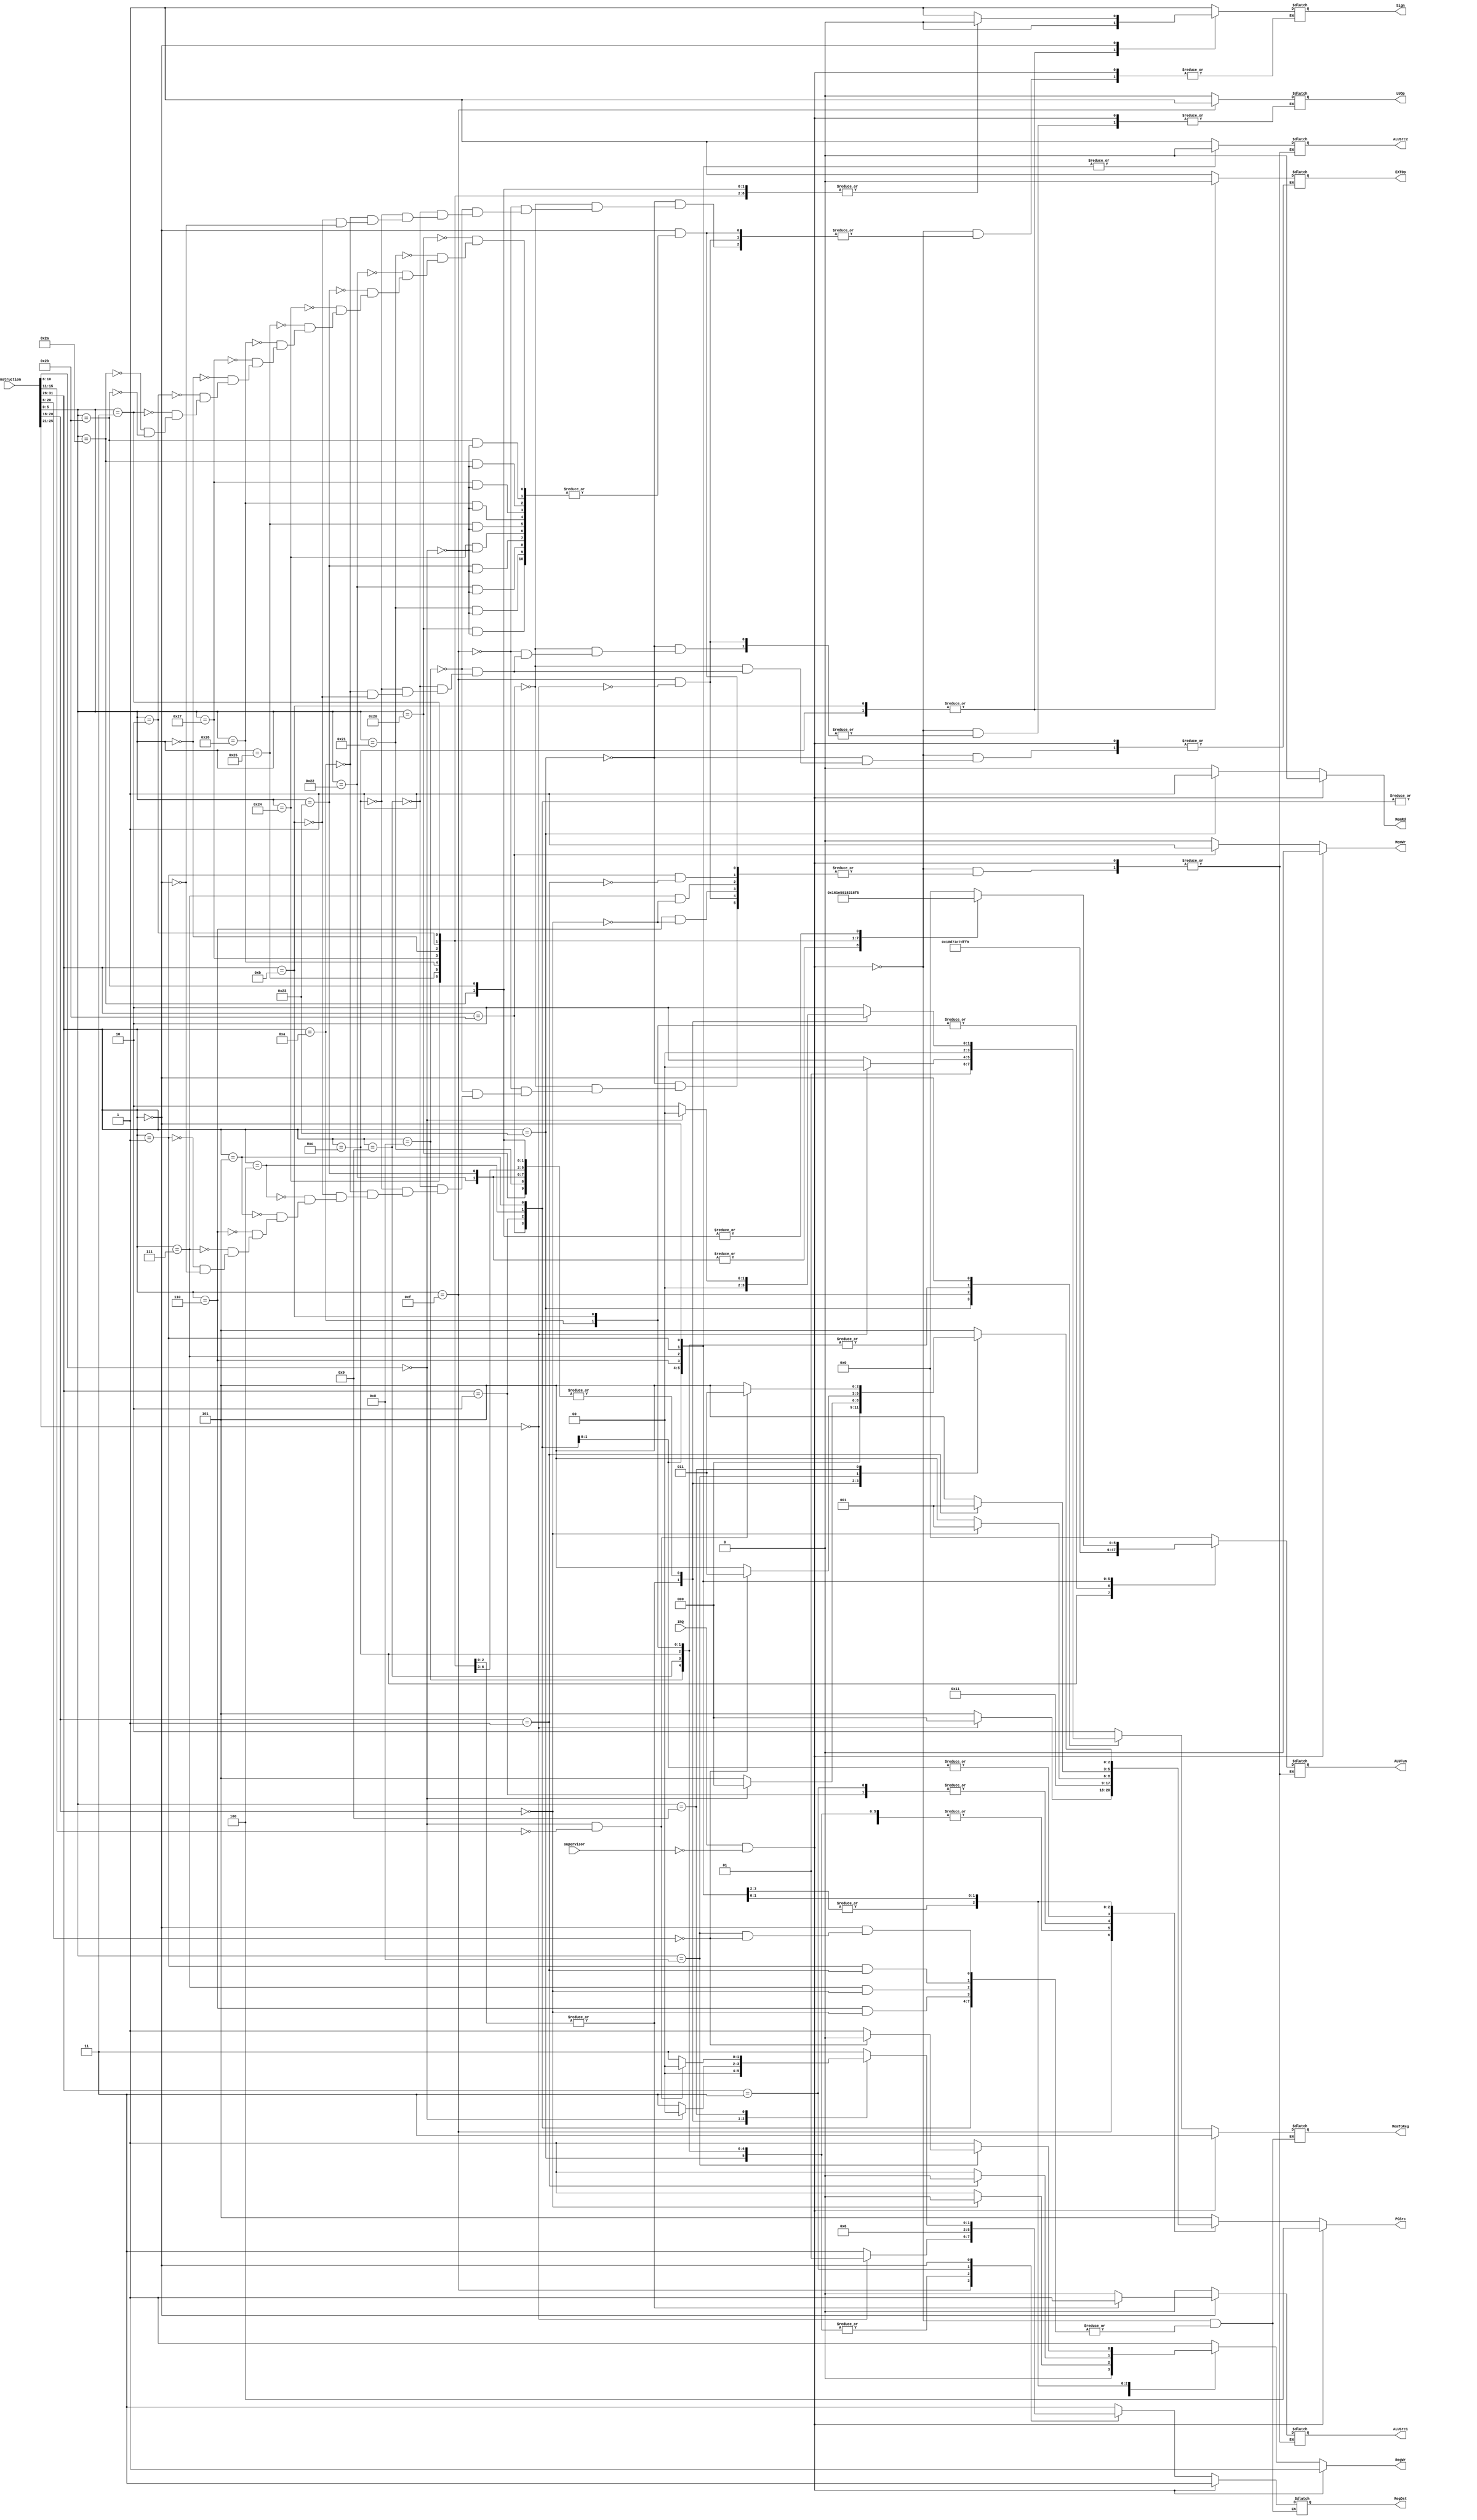
`timescale 1ns/1ps

module Control(PCSrc,RegDst,RegWr,ALUSrc1,ALUSrc2,ALUFun,Sign,
	MemWr,MemRd,MemToReg,EXTOp,LUOp,Instruction,IRQ,supervisor);
	output reg	[2:0]PCSrc;
	output reg	[1:0]RegDst;
	output reg	RegWr;
	output reg	ALUSrc1;
	output reg	ALUSrc2;
	output reg	[5:0]ALUFun;
	output reg	Sign;
	output reg	MemWr;
	output reg	MemRd;
	output reg	[1:0]MemToReg;
	output reg	EXTOp;
	output reg	LUOp;
	input	[31:0]Instruction;
	input	IRQ;
	input	supervisor;


	always@(*)
	begin
		if(IRQ & (~supervisor))	//interrupt
		begin
			PCSrc <= 3'b100;	
			RegDst <= 2'b11;
			RegWr <= 1;
			MemWr <= 0;
			MemRd <= 0;
			MemToReg <= 2'b11;
		end
		else
		begin
			case(Instruction[31:26])
				6'h23: 	//lw
					begin
						PCSrc <= 3'b000;
						RegDst <= 2'b01;
						RegWr <= 1;
						ALUSrc1 <= 0;
						ALUSrc2 <= 1;
						ALUFun <= 6'b000000;
						Sign <= 1;
						MemWr <= 0;
						MemRd <= 1;
						MemToReg <= 2'b01;
						EXTOp <= 1;
						LUOp <= 0;
					end
				6'h2b:	//sw
					begin
						PCSrc <= 3'b000;
						RegWr <= 0;
						ALUSrc1 <= 0;
						ALUSrc2 <= 1;
						ALUFun <= 6'b000000;
						Sign <= 1;
						MemWr <= 1;
						MemRd <= 0;
						EXTOp <= 1;
						LUOp <= 0;
					end
				6'h0f:
					begin
						case(Instruction[25:21])
							5'h00:	//lui
								begin
									PCSrc <= 3'b000;
									RegDst <= 2'b01;
									RegWr <= 1;
									ALUSrc1 <= 0;
									ALUSrc2 <= 1;
									ALUFun <= 6'b000000;
									Sign <= 1;
									MemWr <= 0;
									MemRd <= 0;
									MemToReg <= 2'b00;
									LUOp <= 1;
								end
							default:	//XADR
								begin
									PCSrc <= 3'b101;	
									RegDst <= 2'b11;
									RegWr <= 1;
									MemWr <= 0;
									MemRd <= 0;
									MemToReg <= 2'b10;
								end
						endcase
					end
				6'h08:	//addi
					begin
						PCSrc <= 3'b000;
						RegDst <= 2'b01;
						RegWr <= 1;
						ALUSrc1 <= 0;
						ALUSrc2 <= 1;
						ALUFun <= 6'b000000;
						Sign <= 1;
						MemWr <= 0;
						MemRd <= 0;
						MemToReg <= 2'b00;
						EXTOp <= 1;
						LUOp <= 0;
					end
				6'h09:	//addiu
					begin
						PCSrc <= 3'b000;
						RegDst <= 2'b01;
						RegWr <= 1;
						ALUSrc1 <= 0;
						ALUSrc2 <= 1;
						ALUFun <= 6'b000000;
						Sign <= 1;
						MemWr <= 0;
						MemRd <= 0;
						MemToReg <= 2'b00;
						EXTOp <= 1;
						LUOp <= 0;
					end
				6'h0c:	//andi
					begin
						PCSrc <= 3'b000;
						RegDst <= 2'b01;
						RegWr <= 1;
						ALUSrc1 <= 0;
						ALUSrc2 <= 1;
						ALUFun <= 6'b011000;
						Sign <= 0;
						MemWr <= 0;
						MemRd <= 0;
						MemToReg <= 2'b00;
						EXTOp <= 0;
						LUOp <= 0;
					end
				6'h0a: //slti
					begin
						PCSrc <= 3'b000;
						RegDst <= 2'b01;
						RegWr <= 1;
						ALUSrc1 <= 0;
						ALUSrc2 <= 1;
						ALUFun <= 6'b110101;
						Sign <= 1;
						MemWr <= 0;
						MemRd <= 0;
						MemToReg <= 2'b00;
						EXTOp <= 1;
						LUOp <= 0;
					end
				6'h0b:	//sltiu
					begin
						PCSrc <= 3'b000;
						RegDst <= 2'b01;
						RegWr <= 1;
						ALUSrc1 <= 0;
						ALUSrc2 <= 1;
						ALUFun <= 6'b110101;
						Sign <= 0;
						MemWr <= 0;
						MemRd <= 0;
						MemToReg <= 2'b00;
						EXTOp <= 0;
						LUOp <= 0;
					end
				6'h02:	//j
					begin
						PCSrc <= 3'b010;
						RegWr <= 0;
						MemWr <= 0;
						MemRd <= 0;
					end
				6'h03:	//jal
					begin
						PCSrc <= 3'b010;
						RegDst <= 2'b10;
						RegWr <= 1;
						MemWr <= 0;
						MemRd <= 0;
						MemToReg <= 2'b10;
					end
				6'h04:	//beq
					begin
						PCSrc <= 3'b001;
						RegWr <= 0;
						ALUFun <= 6'b110011;
						ALUSrc1 <= 0;
						ALUSrc2 <= 0;
						MemWr <= 0;
						MemRd <= 0;
					end
				6'h05:	//bne
					begin
						PCSrc <= 3'b001;
						RegWr <= 0;
						ALUFun <= 6'b110001;
						ALUSrc1 <= 0;
						ALUSrc2 <= 0;
						MemWr <= 0;
						MemRd <= 0;
					end
				6'h06: 
					begin
						case(Instruction[20:16])
							5'h00:	//blez
								begin
									PCSrc <= 3'b001;
									RegWr <= 0;
									ALUFun <= 6'b111101;
									ALUSrc1 <= 0;
									ALUSrc2 <= 0;
									MemWr <= 0;
									MemRd <= 0;
								end
							default:	//XADR
								begin
									PCSrc <= 3'b101;	
									RegDst <= 2'b11;
									RegWr <= 1;
									MemWr <= 0;
									MemRd <= 0;
									MemToReg <= 2'b10;
								end
						endcase
					end
				6'h07: 
					begin
						case(Instruction[20:16])
							5'h00:	//bgtz
								begin
									PCSrc <= 3'b001;
									RegWr <= 0;
									ALUFun <= 6'b111111;
									ALUSrc1 <= 0;
									ALUSrc2 <= 0;
									MemWr <= 0;
									MemRd <= 0;
								end
							default:	//XADR
								begin
									PCSrc <= 3'b101;	
									RegDst <= 2'b11;
									RegWr <= 1;
									MemWr <= 0;
									MemRd <= 0;
									MemToReg <= 2'b10;
								end
						endcase
					end
				6'h01: 
					begin
						case(Instruction[20:16])
							5'h01:	//bgez
								begin
									PCSrc <= 3'b001;
									RegWr <= 0;
									ALUFun <= 6'b111001;
									ALUSrc1 <= 0;
									ALUSrc2 <= 0;
									MemWr <= 0;
									MemRd <= 0;
								end
							default:	//XADR
								begin
									PCSrc <= 3'b101;	
									RegDst <= 2'b11;
									RegWr <= 1;
									MemWr <= 0;
									MemRd <= 0;
									MemToReg <= 2'b10;
								end
						endcase
					end
				6'h00:
					begin
						case(Instruction[5:0])
							6'h20:
								begin
									case(Instruction[10:6])
										5'h00:	//add
											begin
												PCSrc <= 3'b000;
												RegDst <= 2'b00;
												RegWr <= 1;
												ALUSrc1 <= 0;
												ALUSrc2 <= 0;
												ALUFun <= 6'b000000;
												Sign <= 1;
												MemWr <= 0;
												MemRd <= 0;
												MemToReg <= 2'b00;
											end
										default:	//XADR
											begin
												PCSrc <= 3'b101;	
												RegDst <= 2'b11;
												RegWr <= 1;
												MemWr <= 0;
												MemRd <= 0;
												MemToReg <= 2'b10;
											end
									endcase
								end
							6'h21:
								begin
									case(Instruction[10:6])
										5'h00:	//addu
											begin
												PCSrc <= 3'b000;
												RegDst <= 2'b00;
												RegWr <= 1;
												ALUSrc1 <= 0;
												ALUSrc2 <= 0;
												ALUFun <= 6'b000000;
												Sign <= 1;
												MemWr <= 0;
												MemRd <= 0;
												MemToReg <= 2'b00;
											end
										default:	//XADR
											begin
												PCSrc <= 3'b101;	
												RegDst <= 2'b11;
												RegWr <= 1;
												MemWr <= 0;
												MemRd <= 0;
												MemToReg <= 2'b10;
											end
									endcase
								end
							6'h22:
								begin
									case(Instruction[10:6])
										5'h00:	//sub
											begin
												PCSrc <= 3'b000;
												RegDst <= 2'b00;
												RegWr <= 1;
												ALUSrc1 <= 0;
												ALUSrc2 <= 0;
												ALUFun <= 6'b000001;
												Sign <= 1;
												MemWr <= 0;
												MemRd <= 0;
												MemToReg <= 2'b00;
											end
										default:	//XADR
											begin
												PCSrc <= 3'b101;	
												RegDst <= 2'b11;
												RegWr <= 1;
												MemWr <= 0;
												MemRd <= 0;
												MemToReg <= 2'b10;
											end
									endcase
								end
							6'h23:
								begin
									case(Instruction[10:6])
										5'h00:	//subu
											begin
												PCSrc <= 3'b000;
												RegDst <= 2'b00;
												RegWr <= 1;
												ALUSrc1 <= 0;
												ALUSrc2 <= 0;
												ALUFun <= 6'b000001;
												Sign <= 0;
												MemWr <= 0;
												MemRd <= 0;
												MemToReg <= 2'b00;
											end
										default:	//XADR
											begin
												PCSrc <= 3'b101;	
												RegDst <= 2'b11;
												RegWr <= 1;
												MemWr <= 0;
												MemRd <= 0;
												MemToReg <= 2'b10;
											end
									endcase
								end
							6'h24:
								begin
									case(Instruction[10:6])
										5'h00:	//and
											begin
												PCSrc <= 3'b000;
												RegDst <= 2'b00;
												RegWr <= 1;
												ALUSrc1 <= 0;
												ALUSrc2 <= 0;
												ALUFun <= 6'b011000;
												Sign <= 0;
												MemWr <= 0;
												MemRd <= 0;
												MemToReg <= 2'b00;
											end
										default:	//XADR
											begin
												PCSrc <= 3'b101;	
												RegDst <= 2'b11;
												RegWr <= 1;
												MemWr <= 0;
												MemRd <= 0;
												MemToReg <= 2'b10;
											end
									endcase
								end
							6'h25:
								begin
									case(Instruction[10:6])
										5'h00:	//or
											begin
												PCSrc <= 3'b000;
												RegDst <= 2'b00;
												RegWr <= 1;
												ALUSrc1 <= 0;
												ALUSrc2 <= 0;
												ALUFun <= 6'b011110;
												Sign <= 0;
												MemWr <= 0;
												MemRd <= 0;
												MemToReg <= 2'b00;
											end
										default:	//XADR
											begin
												PCSrc <= 3'b101;	
												RegDst <= 2'b11;
												RegWr <= 1;
												MemWr <= 0;
												MemRd <= 0;
												MemToReg <= 2'b10;
											end
									endcase
								end
							6'h26:
								begin
									case(Instruction[10:6])
										5'h00:	//xor
											begin
												PCSrc <= 3'b000;
												RegDst <= 2'b00;
												RegWr <= 1;
												ALUSrc1 <= 0;
												ALUSrc2 <= 0;
												ALUFun <= 6'b010110;
												Sign <= 0;
												MemWr <= 0;
												MemRd <= 0;
												MemToReg <= 2'b00;
											end
										default:	//XADR
											begin
												PCSrc <= 3'b101;	
												RegDst <= 2'b11;
												RegWr <= 1;
												MemWr <= 0;
												MemRd <= 0;
												MemToReg <= 2'b10;
											end
									endcase
								end
							6'h27:
								begin
									case(Instruction[10:6])
										5'h00:	//nor
											begin
												PCSrc <= 3'b000;
												RegDst <= 2'b00;
												RegWr <= 1;
												ALUSrc1 <= 0;
												ALUSrc2 <= 0;
												ALUFun <= 6'b010001;
												Sign <= 0;
												MemWr <= 0;
												MemRd <= 0;
												MemToReg <= 2'b00;
											end
										default:	//XADR
											begin
												PCSrc <= 3'b101;	
												RegDst <= 2'b11;
												RegWr <= 1;
												MemWr <= 0;
												MemRd <= 0;
												MemToReg <= 2'b10;
											end
									endcase
								end
							6'h00:	//sll
								begin
									PCSrc <= 3'b000;
									RegDst <= 2'b00;
									RegWr <= 1;
									ALUSrc1 <= 1;
									ALUSrc2 <= 0;
									ALUFun <= 6'b100000;
									Sign <= 0;
									MemWr <= 0;
									MemRd <= 0;
									MemToReg <= 2'b00;
								end
							6'h02:	//srl
								begin
									PCSrc <= 3'b000;
									RegDst <= 2'b00;
									RegWr <= 1;
									ALUSrc1 <= 1;
									ALUSrc2 <= 0;
									ALUFun <= 6'b100001;
									Sign <= 0;
									MemWr <= 0;
									MemRd <= 0;
									MemToReg <= 2'b00;
								end
							6'h03:	//sra
								begin
									PCSrc <= 3'b000;
									RegDst <= 2'b00;
									RegWr <= 1;
									ALUSrc1 <= 1;
									ALUSrc2 <= 0;
									ALUFun <= 6'b100011;
									Sign <= 0;
									MemWr <= 0;
									MemRd <= 0;
									MemToReg <= 2'b00;
								end
							6'h2a:
								begin
									case(Instruction[10:6])
										5'h00:	//slt
											begin
												PCSrc <= 3'b000;
												RegDst <= 2'b00;
												RegWr <= 1;
												ALUSrc1 <= 0;
												ALUSrc2 <= 0;
												ALUFun <= 6'b110101;
												Sign <= 0;
												MemWr <= 0;
												MemRd <= 0;
												MemToReg <= 2'b00;
											end
										default:	//XADR
											begin
												PCSrc <= 3'b101;	
												RegDst <= 2'b11;
												RegWr <= 1;
												MemWr <= 0;
												MemRd <= 0;
												MemToReg <= 2'b10;
											end
									endcase
								end
							6'h2b: 
								begin
									case(Instruction[10:6])
										5'h00:	//sltu
											begin
												PCSrc <= 3'b000;
												RegDst <= 2'b00;
												RegWr <= 1;
												ALUSrc1 <= 0;
												ALUSrc2 <= 0;
												ALUFun <= 6'b110101;
												Sign <= 0;
												MemWr <= 0;
												MemRd <= 0;
												MemToReg <= 2'b00;
											end
										default:	//XADR
											begin
												PCSrc <= 3'b101;	
												RegDst <= 2'b11;
												RegWr <= 1;
												MemWr <= 0;
												MemRd <= 0;
												MemToReg <= 2'b10;
											end
									endcase
								end
							6'h08: 
								begin
									case(Instruction[20:6])
										15'h0:	//jr
											begin
												PCSrc <= 3'b011;
												RegWr <= 0;
												MemWr <= 0;
												MemRd <= 0;
											end
										default:	//XADR
											begin
												PCSrc <= 3'b101;	
												RegDst <= 2'b11;
												RegWr <= 1;
												MemWr <= 0;
												MemRd <= 0;
												MemToReg <= 2'b10;
											end
									endcase
								end
							6'h09:
								begin
									if((Instruction[10:6] == 0) && (Instruction[15:11] == 0))
											//jalr
									begin
										PCSrc <= 3'b011;
										RegDst <= 2'b00;
										RegWr <= 1;
										MemWr <= 0;
										MemRd <= 0;
										MemToReg <= 2'b10;
									end
									else	//XADR
									begin
										PCSrc <= 3'b101;	
										RegDst <= 2'b11;
										RegWr <= 1;
										MemWr <= 0;
										MemRd <= 0;
										MemToReg <= 2'b10;
									end
								end
							default:	//XADR
								begin
									PCSrc <= 3'b101;	
									RegDst <= 2'b11;
									RegWr <= 1;
									MemWr <= 0;
									MemRd <= 0;
									MemToReg <= 2'b10;
								end
						endcase
					end
				default:	//XADR
					begin
						PCSrc <= 3'b101;	
						RegDst <= 2'b11;
						RegWr <= 1;
						MemWr <= 0;
						MemRd <= 0;
						MemToReg <= 2'b10;
					end
			endcase
		end
	end
endmodule